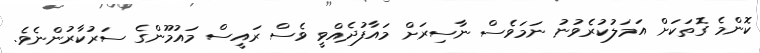
ކޮންމެ ގޮތަކަށް އަމަލުކުރެވުނު ނަމަވެސް ނާސިރަށް މައާފުދެއްވީ ވެސް ރައީސް މައުމޫންގެ ސަރުކާރުންނެވެ.